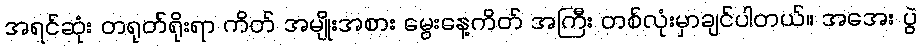
အရင်ဆုံး တရုတ်ရိုးရာ ကိတ် အမျိုးအစား မွေးနေ့ကိတ် အကြီး တစ်လုံးမှာချင်ပါတယ်။ အအေး ပွဲ